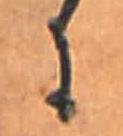
に